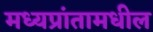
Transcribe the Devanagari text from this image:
मध्यप्रांतामधील